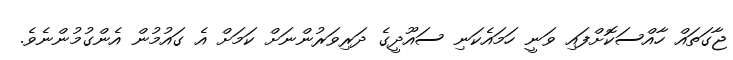
ޖާގަތައް ހާއްސަކޮށްފައި ވަނީ ހަމައެކަނި ސައޫދީގެ ދަރިވަރުންނަށް ކަމަށް އެ ގައުމުން އެންގުމުންނެވެ.